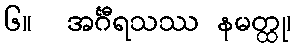
၆။  အင်္ဂီရသဿ နမတ္ထု၊